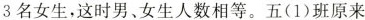
3名女生，这时男、女生人数相等。五(1)班原来